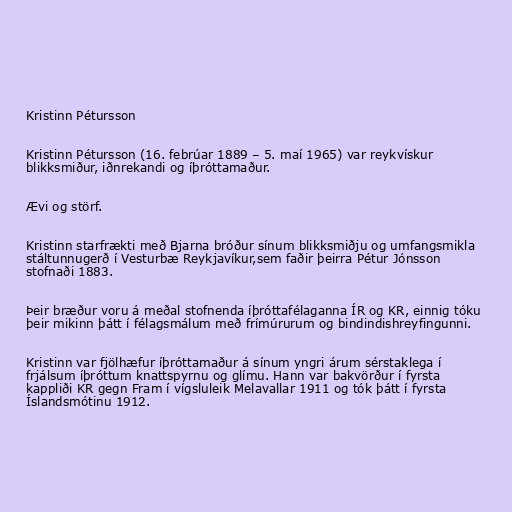
Kristinn Pétursson

Kristinn Pétursson (16. febrúar 1889 – 5. maí 1965) var reykvískur
blikksmiður, iðnrekandi og íþróttamaður.

Ævi og störf.

Kristinn starfrækti með Bjarna bróður sínum blikksmiðju og umfangsmikla
stáltunnugerð í Vesturbæ Reykjavíkur,sem faðir þeirra Pétur Jónsson
stofnaði 1883.

Þeir bræður voru á meðal stofnenda íþróttafélaganna ÍR og KR, einnig tóku
þeir mikinn þátt í félagsmálum með frímúrurum og bindindishreyfingunni.

Kristinn var fjölhæfur íþróttamaður á sínum yngri árum sérstaklega í
frjálsum íþróttum knattspyrnu og glímu. Hann var bakvörður í fyrsta
kappliði KR gegn Fram í vígsluleik Melavallar 1911 og tók þátt í fyrsta
Íslandsmótinu 1912.